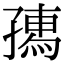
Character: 𡦗